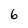
Character: 6